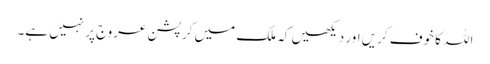
اللہ کا خوف کریں اور دیکھیں کہ ملک میں کرپشن عروج پر نہیں ہے۔